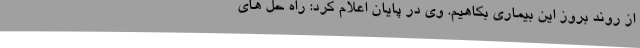
از روند بروز این بیماری بکاهیم. وی در پایان اعلام کرد: راه حل های